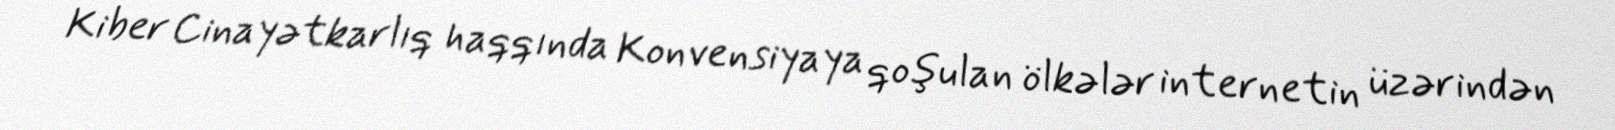
Kiber Cinayətkarlıq haqqında Konvensiyaya qoşulan ölkələr internetin üzərindən